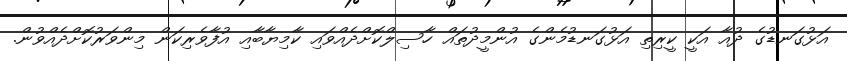
އަޅުގަނޑުގެ ދުއާ އަކީ ކީރިތި އަޅުގަނޑުމެންގެ އުންމީދުތައް ހާސިލްކޮށްދެއްވައި ކާމިޔާބާއި އުފާވެރިކަން މިންވަރުކޮށްދެއްވުން.